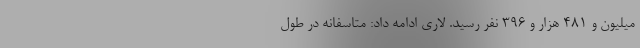
میلیون و ۴۸۱ هزار و ۳۹۶ نفر رسید. لاری ادامه داد: متاسفانه در طول